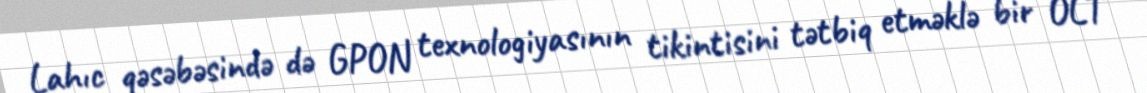
Lahıc qəsəbəsində də GPON texnologiyasının tikintisini tətbiq etməklə bir OLT